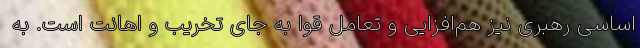
اساسی رهبری نیز هم‌افزایی و تعامل قوا به جای تخریب و اهانت است. به